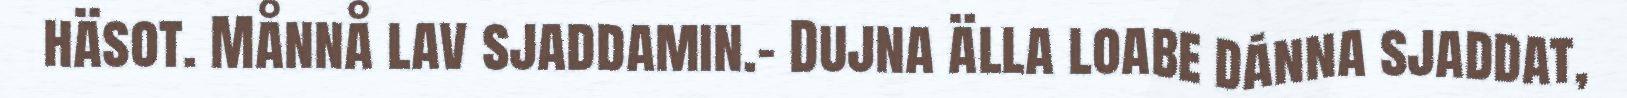
häsot. Månnå lav sjaddamin.– Dujna älla loabe dánna sjaddat,